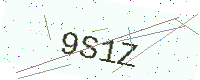
Text: 9S1Z